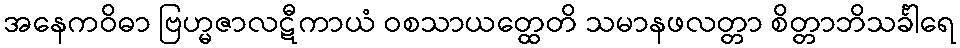
အနေကဝိဓာ ဗြဟ္မဇာလဋီကာယံ ဝစသာယတ္ထေတိ သမာနဖလတ္တာ စိတ္တာဘိသင်္ခါရေ